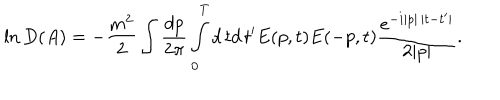
LaTeX: \ln D ( A ) = - \frac { m ^ { 2 } } 2 \int \frac { d p } { 2 \pi } \int _ { 0 } ^ { T } d \, t d \, t ^ { \prime } E ( p , t ) E ( - p , t ) \frac { e ^ { - i | p | \, | t - t ^ { \prime } | } } { 2 | p | } .